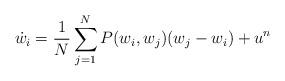
LaTeX: \begin{align*}\dot{w}_i=\frac{1}{N}\sum_{j=1}^{N}P(w_i,w_j)(w_j-w_i)+u^n\end{align*}